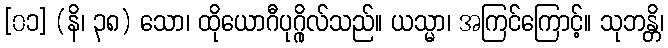
[၀၁] (နိ၊ ၃၈) သော၊ ထိုယောဂီပုဂ္ဂိုလ်သည်။ ယသ္မာ၊ အကြင်ကြောင့်။ သုဘန္တိ၊